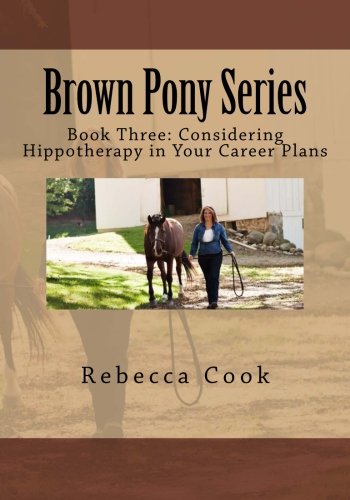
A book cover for Brown Pony Series: Book Three: Considering Hippotherapy in Your Career Plans (Volume 3); Rebecca Cook; Education & Teaching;